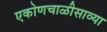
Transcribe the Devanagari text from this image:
एकोणचाळीसाव्या